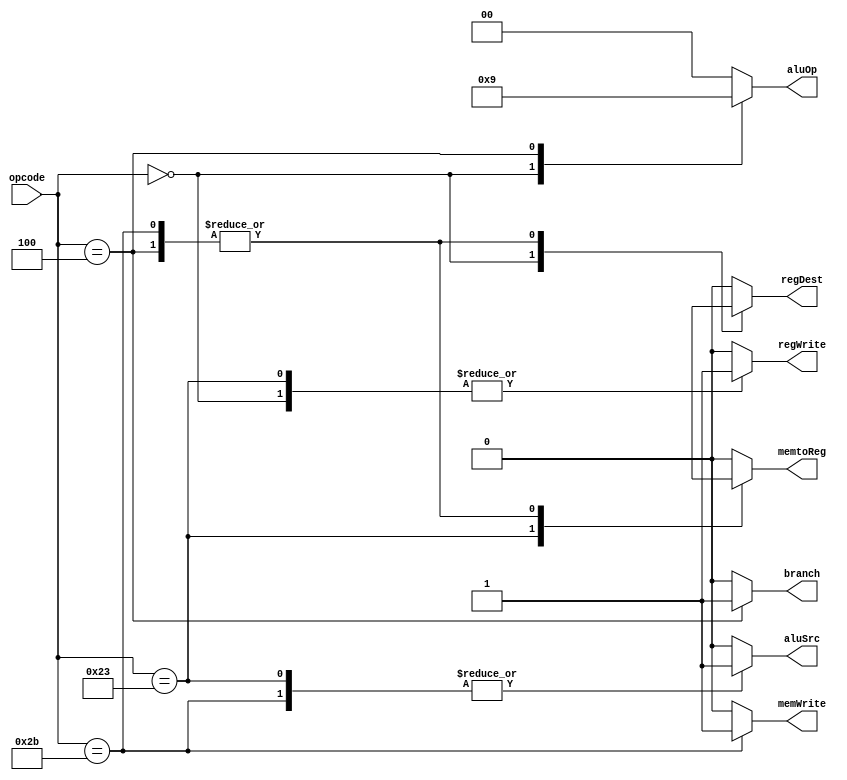
`timescale 1ns / 1ps
//////////////////////////////////////////////////////////////////////////////////
// Company: 
// Engineer: 
// 
// Design Name: 
// Module Name: main_decoder
// Project Name: 
// Target Devices: 
// Tool Versions: 
// Description: 
// 
// Dependencies: 
// 
// Revision:
// Revision 0.01 - File Created
// Additional Comments:
// 
//////////////////////////////////////////////////////////////////////////////////


module main_decoder(
input wire [5:0] opcode,
output reg regWrite, regDest, aluSrc, branch, memWrite, memtoReg, 
output reg [1:0] aluOp
    );
    
    always @(*)
    begin
    case (opcode)
    6'b000000 : 
    begin
    regWrite = 1; regDest = 1; aluSrc = 0; branch = 0; memWrite = 0; memtoReg = 0; aluOp = 2'b10; 
    end
    
    6'b100011 :
    begin
    regWrite = 1; regDest = 0; aluSrc = 1; branch = 0; memWrite = 0; memtoReg = 1; aluOp = 2'b00; 
    end
    
    6'b101011 :
    begin
    regWrite = 0; regDest = 1'bx; aluSrc = 1; branch = 0; memWrite = 1; memtoReg = 1'bx; aluOp = 2'b0; 
    end
    
    6'b000100 :
    begin
    regWrite = 0; regDest = 1'bx; aluSrc = 0; branch = 1; memWrite = 0; memtoReg = 1'bx; aluOp = 2'b01; 
    end 
    
    default :
    begin
    regWrite = 0; regDest = 0; aluSrc = 0; branch = 0; memWrite = 0; memtoReg = 0; aluOp = 2'b00; 
    end
    
    endcase
    
    
    end
endmodule